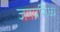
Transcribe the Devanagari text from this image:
जगप्रसिध्ध